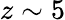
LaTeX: z\sim 5